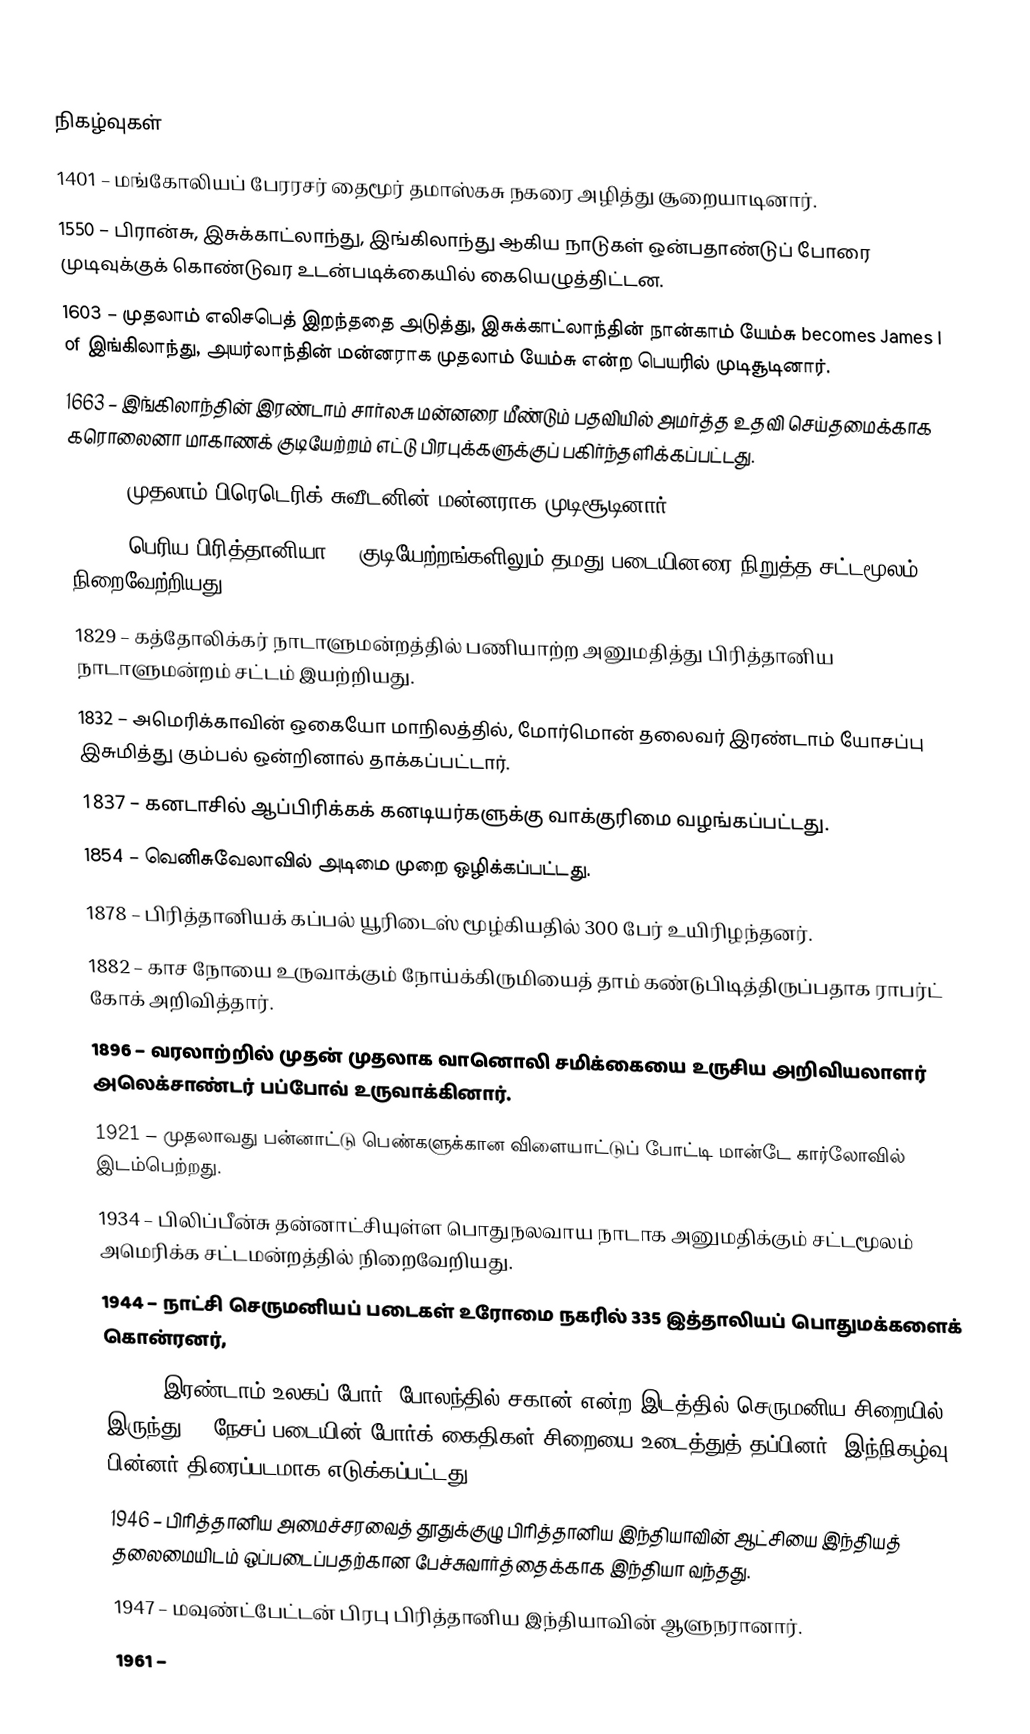

நிகழ்வுகள்
1401 – மங்கோலியப் பேரரசர் தைமூர் தமாஸ்கசு நகரை அழித்து சூறையாடினார்.
1550 – பிரான்சு, இசுக்காட்லாந்து, இங்கிலாந்து ஆகிய நாடுகள் ஒன்பதாண்டுப் போரை முடிவுக்குக் கொண்டுவர உடன்படிக்கையில் கையெழுத்திட்டன.
1603 – முதலாம் எலிசபெத் இறந்ததை அடுத்து, இசுக்காட்லாந்தின் நான்காம் யேம்சு becomes James I of இங்கிலாந்து, அயர்லாந்தின் மன்னராக முதலாம் யேம்சு என்ற பெயரில் முடிசூடினார்.
1663 – இங்கிலாந்தின் இரண்டாம் சார்லசு மன்னரை மீண்டும் பதவியில் அமர்த்த உதவி செய்தமைக்காக கரொலைனா மாகாணக் குடியேற்றம் எட்டு பிரபுக்களுக்குப் பகிர்ந்தளிக்கப்பட்டது.
1720 – முதலாம் பிரெடெரிக் சுவீடனின் மன்னராக முடிசூடினார்.
1765 – பெரிய பிரித்தானியா 13 குடியேற்றங்களிலும் தமது படையினரை நிறுத்த சட்டமூலம் நிறைவேற்றியது.
1829 – கத்தோலிக்கர் நாடாளுமன்றத்தில் பணியாற்ற அனுமதித்து பிரித்தானிய நாடாளுமன்றம் சட்டம் இயற்றியது.
1832 – அமெரிக்காவின் ஒகையோ மாநிலத்தில், மோர்மொன் தலைவர் இரண்டாம் யோசப்பு இசுமித்து கும்பல் ஒன்றினால் தாக்கப்பட்டார்.
1837 – கனடாசில் ஆப்பிரிக்கக் கனடியர்களுக்கு வாக்குரிமை வழங்கப்பட்டது.
1854 – வெனிசுவேலாவில் அடிமை முறை ஒழிக்கப்பட்டது.
1878 – பிரித்தானியக் கப்பல் யூரிடைஸ் மூழ்கியதில் 300 பேர் உயிரிழந்தனர்.
1882 – காச நோயை உருவாக்கும் நோய்க்கிருமியைத் தாம் கண்டுபிடித்திருப்பதாக ராபர்ட் கோக் அறிவித்தார்.
1896 – வரலாற்றில் முதன் முதலாக வானொலி சமிக்கையை உருசிய அறிவியலாளர் அலெக்சாண்டர் பப்போவ் உருவாக்கினார்.
1921 – முதலாவது பன்னாட்டு பெண்களுக்கான விளையாட்டுப் போட்டி மான்டே கார்லோவில் இடம்பெற்றது.
1934 – பிலிப்பீன்சு தன்னாட்சியுள்ள பொதுநலவாய நாடாக அனுமதிக்கும் சட்டமூலம் அமெரிக்க சட்டமன்றத்தில் நிறைவேறியது.
1944 – நாட்சி செருமனியப் படைகள் உரோமை நகரில் 335 இத்தாலியப் பொதுமக்களைக் கொன்ரனர்,
1944 – இரண்டாம் உலகப் போர்: போலந்தில் சகான் என்ற இடத்தில் செருமனிய சிறையில் இருந்து 76 நேசப் படையின் போர்க் கைதிகள் சிறையை உடைத்துத் தப்பினர். இந்நிகழ்வு பின்னர் திரைப்படமாக எடுக்கப்பட்டது.
1946 – பிரித்தானிய அமைச்சரவைத் தூதுக்குழு பிரித்தானிய இந்தியாவின் ஆட்சியை இந்தியத் தலைமையிடம் ஒப்படைப்பதற்கான பேச்சுவார்த்தைக்காக இந்தியா வந்தது.
1947 – மவுண்ட்பேட்டன் பிரபு பிரித்தானிய இந்தியாவின் ஆளுநரானார்.
1961 –